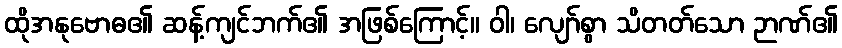
ထိုအနုဗောဓ၏ ဆန့်ကျင်ဘက်၏ အဖြစ်ကြောင့်။ ဝါ၊ လျော်စွာ သိတတ်သော ဉာဏ်၏